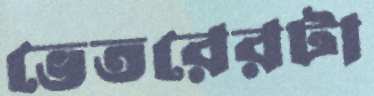
ভেতরেরটা